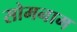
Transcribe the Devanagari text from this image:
सोमनाम